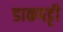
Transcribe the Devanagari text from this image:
डाकपट्टी